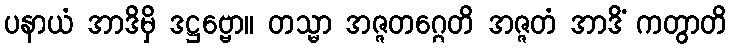
ပနာယံ အာဒိမှိ ဒဋ္ဌဗ္ဗော။ တသ္မာ အဇ္ဇတဂ္ဂေတိ အဇ္ဇတံ အာဒိံ ကတွာတိ